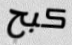
كبح